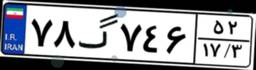
۷۸گ۷۴۶۵۲